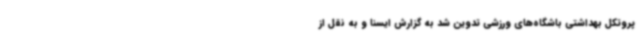
پروتکل بهداشتی باشگاه‌های ورزشی تدوین شد به گزارش ایسنا و به نقل از